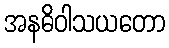
အနဓိဝါသယတော